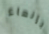
بإنهاء